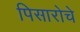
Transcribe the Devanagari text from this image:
पिसारोचे